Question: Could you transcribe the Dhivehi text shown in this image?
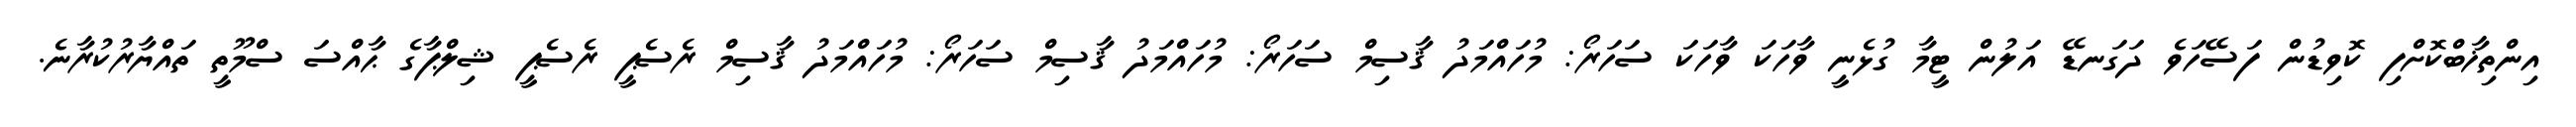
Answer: އިންތިޚާބްކޮށްފި ކޮވިޑުން ފަސޭހަވެ ދަގަނޑޭ އަލުން ޓީމާ ގުޅެނީ ވާހަކަ ވާހަކަ ސަހަރޯ: މުހައްމަދު ޤާސިމް ސަހަރޯ: މުހައްމަދު ޤާސިމް ސަހަރޯ: މުހައްމަދު ޤާސިމް ރެސެޕީ ރެސެޕީ ޝިލްޕާގެ ޙާއްސަ ސްމޫތީ ތައްޔާރުކުރާނެ.